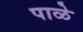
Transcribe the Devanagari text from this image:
पाळे